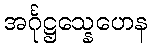
အင်္ဂုဋ္ဌသ္နေဟေန